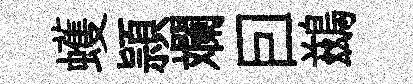
蠖頴斕囙鷀